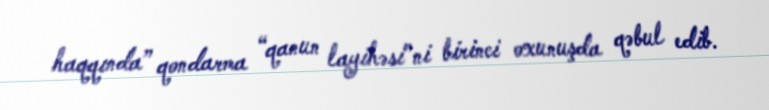
haqqında” qondarma “qanun layihəsi”ni birinci oxunuşda qəbul edib.